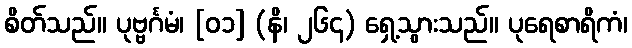
စိတ်သည်။ ပုဗ္ဗင်္ဂမံ၊ [၀၁] (နိ၊ ၂၆၄) ရှေ့သွားသည်။ ပုရေစာရိကံ၊